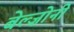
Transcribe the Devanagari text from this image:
बेल्ज़ोनी